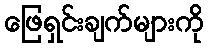
ဖြေရှင်းချက်များကို